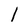
Character: l